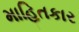
માહિતકાર